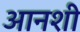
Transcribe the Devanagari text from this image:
आनशी